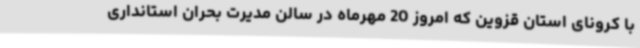
با کرونای استان قزوین که امروز 20 مهرماه در سالن مدیرت بحران استانداری